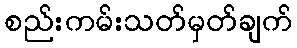
စည်းကမ်းသတ်မှတ်ချက်